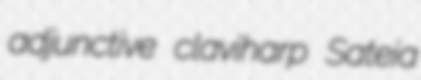
adjunctive claviharp Sateia